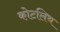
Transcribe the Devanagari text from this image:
कोटलिथ